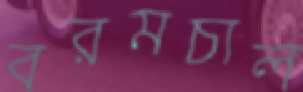
বরমচাল